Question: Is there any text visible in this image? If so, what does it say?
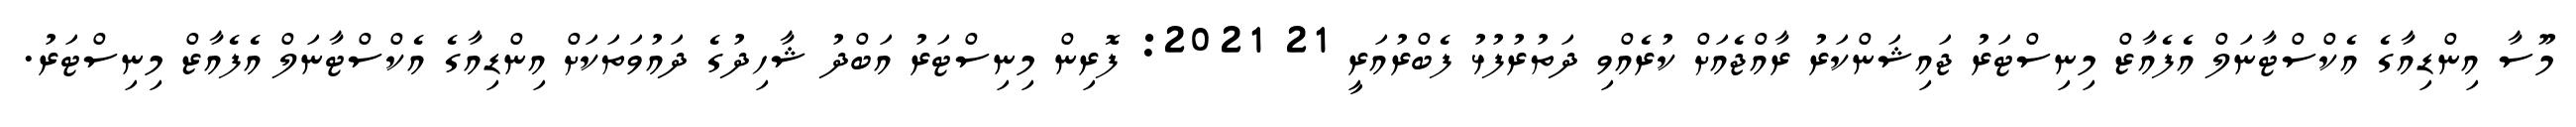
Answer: މޫސާ އިންޑިއާގެ އެކްސްޓާނަލް އެފެއާޒް މިނިސްޓަރު ޖައިޝަންކަރު ރާއްޖެއަށް ކުރެއްވި ދަތުރުފުޅު ފެބްރުއަރީ 21 2021: ފޮރިން މިނިސްޓަރު އަބްދު ޝާހިދުގެ ދައުވަތަކަށް އިންޑިއާގެ އެކްސްޓާނަލް އެފެއާޒް މިނިސްޓަރު.